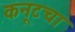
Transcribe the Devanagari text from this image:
कनूटचा